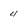
Character: 4